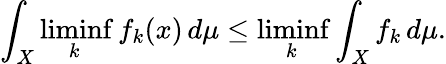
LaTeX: \int_{X}\operatorname*{liminf}_{k}f_{k}(x)\, d\mu\leq\operatorname*{liminf}_{k}\int_{X}f_{k}\, d\mu.